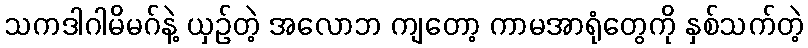
သကဒါဂါမိမဂ်နဲ့ ယှဉ်တဲ့ အလောဘ ကျတော့ ကာမအာရုံတွေကို နှစ်သက်တဲ့